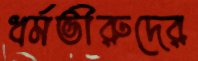
ধর্মভীরুদের